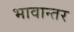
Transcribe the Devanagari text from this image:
भावान्तर